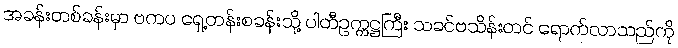
အခန်းတစ်ခန်းမှာ ဗကပ ရှေ့တန်းစခန်းသို့ ပါတီဥက္ကဋ္ဌကြီး သခင်ဗသိန်းတင် ရောက်လာသည်ကို